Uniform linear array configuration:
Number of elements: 8
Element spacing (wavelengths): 0.25
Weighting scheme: exponential
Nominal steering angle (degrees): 0
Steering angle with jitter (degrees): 0.9191
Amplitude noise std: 0.05
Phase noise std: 0.05

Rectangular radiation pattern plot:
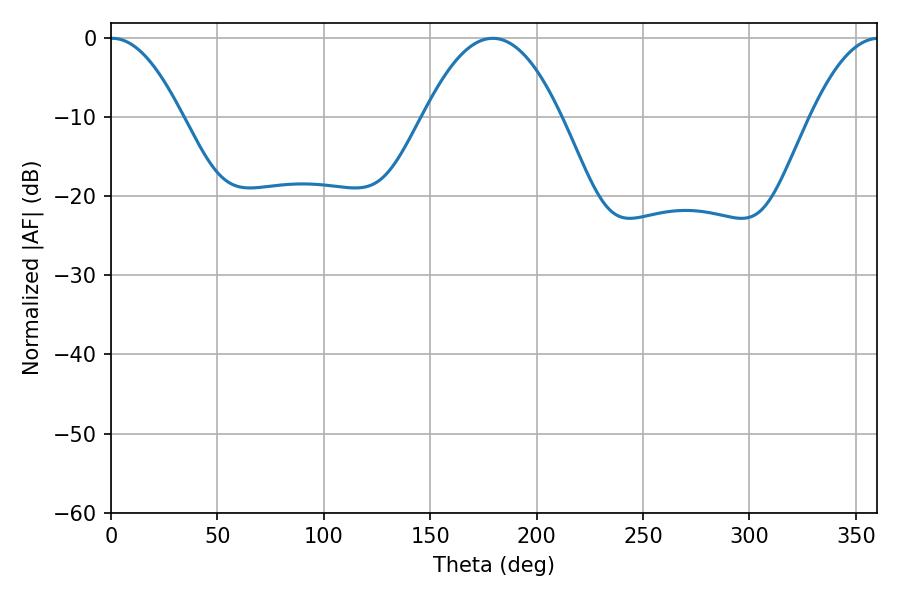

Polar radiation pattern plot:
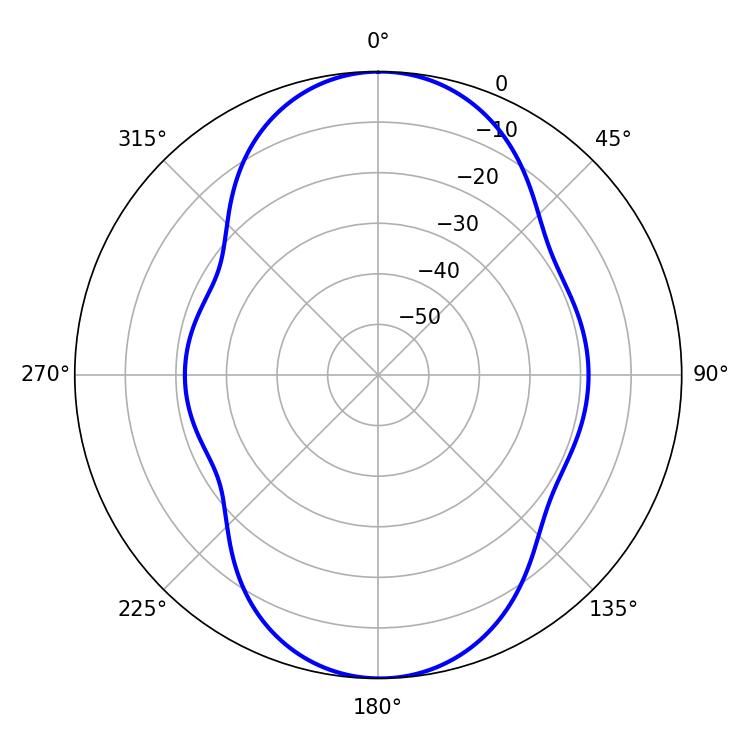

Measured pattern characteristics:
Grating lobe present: FALSE
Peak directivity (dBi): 17.993
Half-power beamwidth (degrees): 18.54
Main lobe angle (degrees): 0.54